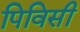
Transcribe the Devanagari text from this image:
पिविसी